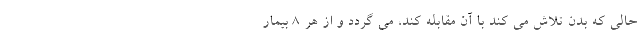
حالی که بدن تلاش می کند با آن مقابله کند، می گردد و از هر ۸ بیمار